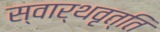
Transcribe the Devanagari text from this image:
स्वार्थवृत्ति